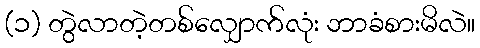
(၁) တွဲလာတဲ့တစ်လျှောက်လုံး ဘာခံစားမိလဲ။